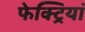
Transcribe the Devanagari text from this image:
फेक्ट्रियां